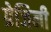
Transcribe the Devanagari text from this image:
ग्रेजिनी